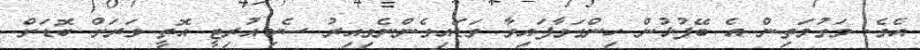
އެވެ. މަގުމަތިން އެ ބޭފުޅުން ހިންގަވާފައިވާ ވަޑައިގެންނެވިއިރު ސެކިއުރިޓީ އޮތީ ވަރަށް ބޮޑަށް